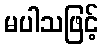
မပါသဖြင့်